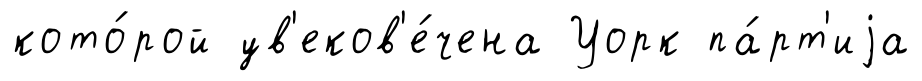
кото́рой ув'еков'е́чена Уорк па́рт'иjа